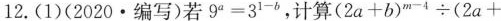
12.(1)(2020 · 编写)若9^{a}=3^{1-b}”，计算 $$( 2 a + b )^{m-4} \div ( 2 a +